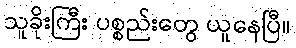
သူခိုးကြီး ပစ္စည်းတွေ ယူနေပြီ။